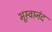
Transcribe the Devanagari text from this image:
भूस्वानंद